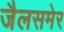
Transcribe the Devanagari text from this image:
जैलसमेर